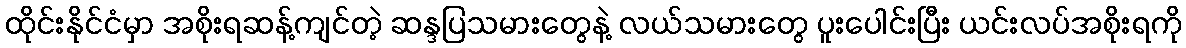
ထိုင်းနိုင်ငံမှာ အစိုးရဆန့်ကျင်တဲ့ ဆန္ဒပြသမားတွေနဲ့ လယ်သမားတွေ ပူးပေါင်းပြီး ယင်းလပ်အစိုးရကို